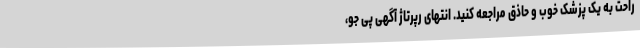
راحت به یک پزشک خوب و حاذق مراجعه کنید. انتهای رپرتاژ آگهی پی جو،